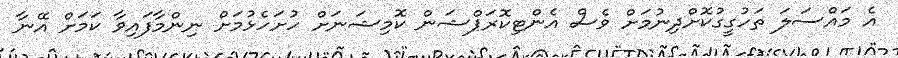
އެ މައްސަލަ ތަހުގީގުކޮށްދިނުމަށް ވެސް އެންޓިކޮރަޕްޝަން ކޮމިޝަނަށް ހުށަހެޅުމަށް ނިންމާފައިވާ ކަމަށް އޭނާ